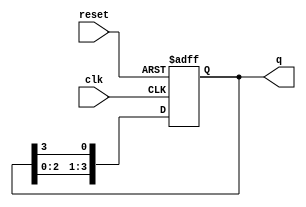
module ring_counter #(
    parameter N = 4  // Number of flip-flops (bits) in the ring counter
)(
    input wire clk,       // Clock signal
    input wire reset,     // Asynchronous reset signal
    output reg [N-1:0] q  // Output state of the ring counter
);

    // Initial state
    initial begin
        q = 1; // Set initial state to 000...001
    end

    always @(posedge clk or posedge reset) begin
        if (reset) begin
            q <= 1; // Reset state to 000...001
        end else begin
            // Shift the '1' through the flip-flops
            q <= {q[N-2:0], q[N-1]}; // Shift left and wrap around
        end
    end

endmodule